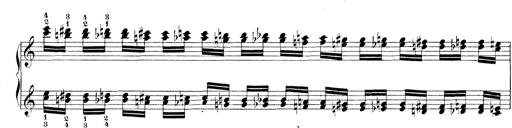
Title: Technische Studien
Composer: Franz Liszt